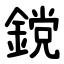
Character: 鎲